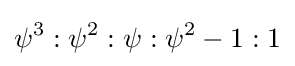
\psi ^{3}:\psi ^{2}:\psi :\psi ^{2}-1:1